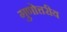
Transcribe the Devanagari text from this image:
गुणोत्तरीय